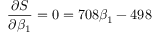
{ \frac { \partial S } { \partial \beta _ { 1 } } } = 0 = 7 0 8 \beta _ { 1 } - 4 9 8